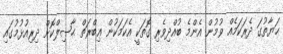
ޙަޔާތުގަ ދެރަކަމެއް ވުމުން އެންމެ ބުއްދިވެރި ގޮތަކީ އެކަމަކުން ޢިބްރަތް ޙާޞިލްކޮށް ދިރިއުޅުމުގައި